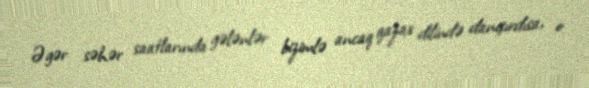
Əgər səhər saatlarında gələnlər bizimlə ancaq qazax dilində danışırdısa, o